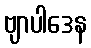
ဗျာပါဒေန